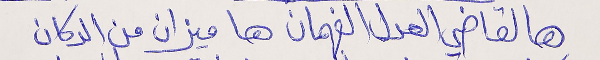
هالقاضي العدل الفهمان ها ميزان من الدكان